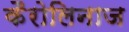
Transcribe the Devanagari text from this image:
कैरोलिनाज